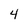
Character: 4